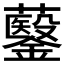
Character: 𮣡